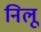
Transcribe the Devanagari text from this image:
निलू